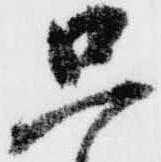
只